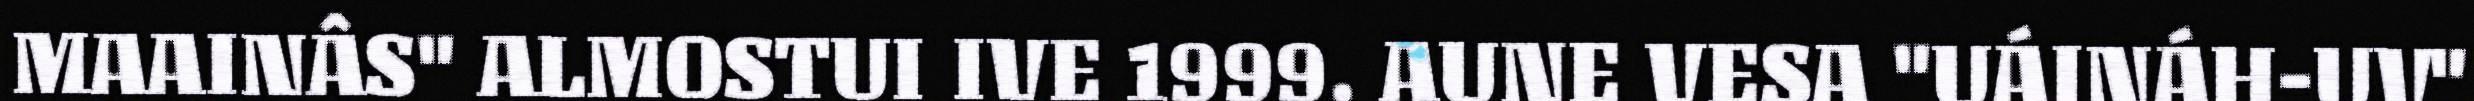
MAAINÂS" ALMOSTUI IVE 1999. AUNE VESA "UÁINÁH-UV"